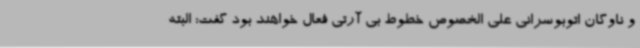
و ناوگان اتوبوسرانی علی الخصوص خطوط بی آرتی فعال خواهند بود گفت: البته